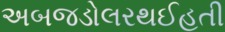
અબજડોલરથઈહતી